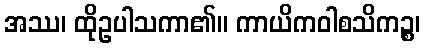
အဿ၊ ထိုဥပါသကာ၏။ ကာယိကဝါစသိကဉ္စ၊